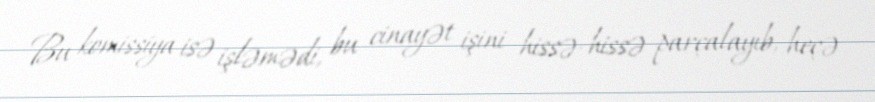
Bu komissiya isə işləmədi, bu cinayət işini hissə-hissə parçalayıb, heçə